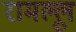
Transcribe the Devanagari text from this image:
रामल्लू